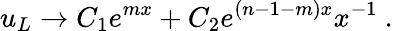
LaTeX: u_{L}\to C_{1}e^{mx}+C_{2}e^{(n-1-m)x}x^{-1}~.